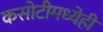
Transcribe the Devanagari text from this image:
कसोटीमध्येही